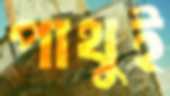
পাথুই